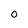
Character: 0